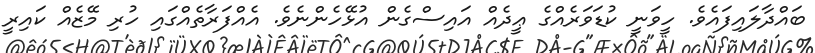
ބައްދާލައިފައެވެ. ހީވަނީ ކުޑަވަރެއްގެ ޢީދެއް އައިސްގެން އުޅޭހެންނެވެ. އެއްފަރާތެއްގައި ހުރި މޭޒެއް ކައިރީ